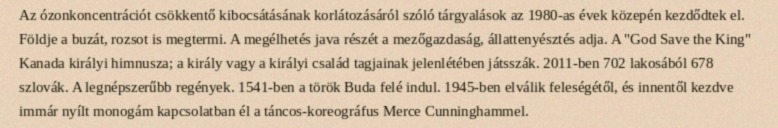
Az ózonkoncentrációt csökkentő kibocsátásának korlátozásáról szóló tárgyalások az 1980-as évek közepén kezdődtek el. Földje a buzát, rozsot is megtermi. A megélhetés java részét a mezőgazdaság, állattenyésztés adja. A "God Save the King" Kanada királyi himnusza; a király vagy a királyi család tagjainak jelenlétében játsszák. 2011-ben 702 lakosából 678 szlovák. A legnépszerűbb regények. 1541-ben a török Buda felé indul. 1945-ben elválik feleségétől, és innentől kezdve immár nyílt monogám kapcsolatban él a táncos-koreográfus Merce Cunninghammel.